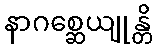
နာဂစ္ဆေယျုန္တိ